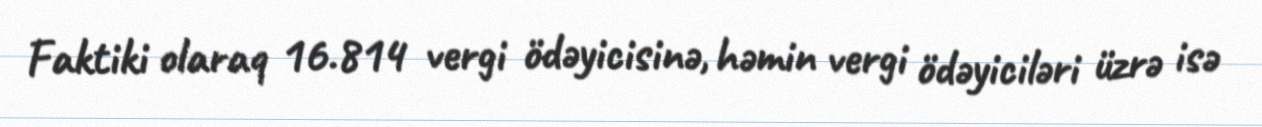
Faktiki olaraq 16.814 vergi ödəyicisinə, həmin vergi ödəyiciləri üzrə isə